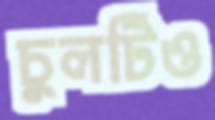
চুলটিও